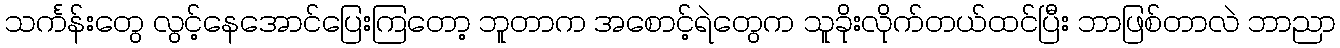
သင်္ကန်းတွေ လွင့်နေအောင်ပြေးကြတော့ ဘူတာက အစောင့်ရဲတွေက သူခိုးလိုက်တယ်ထင်ပြီး ဘာဖြစ်တာလဲ ဘာညာ